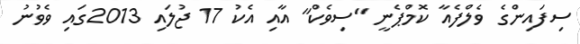
ސިފައިންގެ ވެލްފެއާ ކޮމްޕެނީ "ސިވެކް" އާއި އެކު 17 ޖުލައި 2013ގައި ވެވުނު